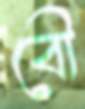
বৌ